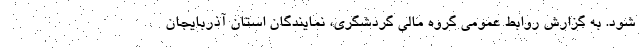
شود. به گزارش روابط عمومي گروه مالی گردشگری، نمايندگان استان آذربايجان